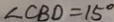
\angle C B D = 1 5 ^ { \circ }